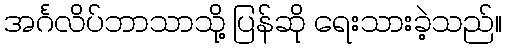
အင်္ဂလိပ်ဘာသာသို့ ပြန်ဆို ရေးသားခဲ့သည်။